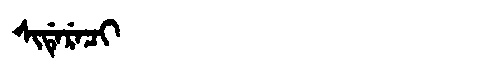
Manchu: ᠰᡳᡩᡝᡵᡝᠴᡳ
Romanization: SIDERECI